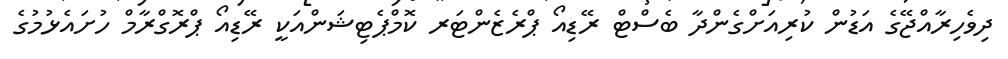
ދިވެހިރާއްޖޭގެ އަޑުން ކުރިއަށްގެންދާ ބެސްޓް ރޭޑިއޯ ޕްރެޒެންޓަރ ކޮމްޕެޓިޝަންއަކީ ރޭޑިއޯ ޕްރޮގްރާމް ހުށައެޅުމުގެ